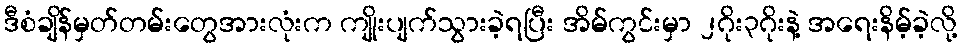
ဒီစံချိန်မှတ်တမ်းတွေအားလုံးက ကျိုးပျက်သွားခဲ့ရပြီး အိမ်ကွင်းမှာ ၂ဂိုး၃ဂိုးနဲ့ အရေးနိမ့်ခဲ့လို့